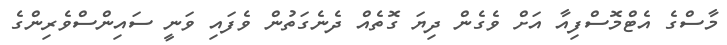
މާސްގެ އެޓްމޮސްފިއާ އަށް ވެގެން ދިޔަ ގޮތެއް ދެނެގަތުން ވެފައި ވަނީ ސައިންސްވެރިންގެ